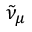
{ \tilde { \nu } } _ { \mu }